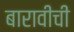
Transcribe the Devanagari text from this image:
बारावीची